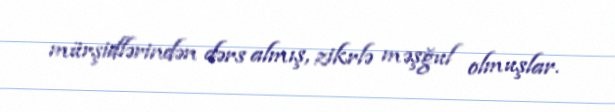
mürşidlərindən dərs almış, zikrlə məşğul olmuşlar.